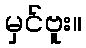
မှင်ဗူး။